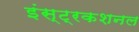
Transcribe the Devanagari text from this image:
इंस्ट्रकशनल